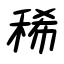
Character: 稀